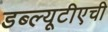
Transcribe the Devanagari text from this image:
डब्ल्यूटीएची